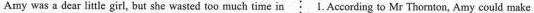
Amy was a dear little girl, but she wasted too much time in 1.According to Mr Thornton, Amy could make